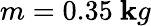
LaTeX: m=0.35\ \mathbf{k}g